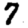
Digit: 7